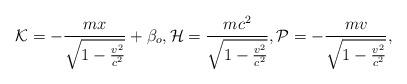
LaTeX: \begin{align*}{\cal K}=-\frac{mx}{\sqrt{1-\frac{v^2}{c^2}}}+\beta_o,{\cal H}=\frac{mc^2}{\sqrt{1-\frac{v^2}{c^2}}},{\cal P}=-\frac{mv}{\sqrt{1-\frac{v^2}{c^2}}},\end{align*}